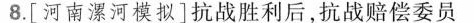
8.[河南漯河模拟]抗战胜利后，抗战赔偿委员